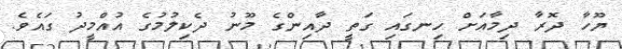
ޔޫހާ ދޮރާ ދިމާއަށް ހިނގައި ގަތީ ދާއިންގެ މޫނު ދެކިލުމުގެ އުއްމީދު ގައެވެ.